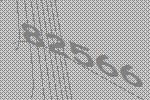
82566